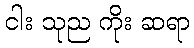
ငါး သုည ကိုး ဆရာ